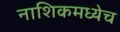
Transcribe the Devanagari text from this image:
नाशिकमध्येच